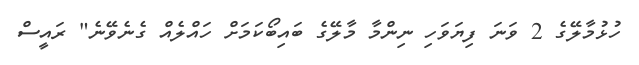
ހުޅުމާލޭގެ 2 ވަނަ ފިޔަވަހި ނިންމާ މާލޭގެ ބައިބޯކަމަށް ހައްލެއް ގެނެވޭނެ" ރައީސް